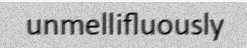
unmellifluously